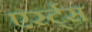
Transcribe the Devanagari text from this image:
एर्स्ट्स